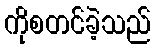
ကိုစတင်ခဲ့သည်